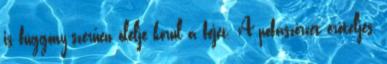
is függöny-szerűen ölelje körül a fejet. A pofaszőrzet erőteljes,